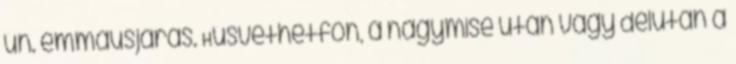
ún. emmausjárás. Húsvéthétfőn, a nagymise után vagy délután a